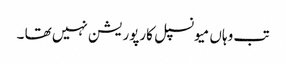
تب وہاں میونسپل کارپوریشن نہیں تھا ۔